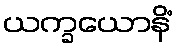
ယက္ခယောနိံ